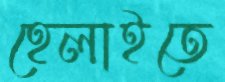
হেলাইতে